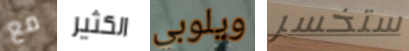
مع الكثير ويلوبي ستخسر